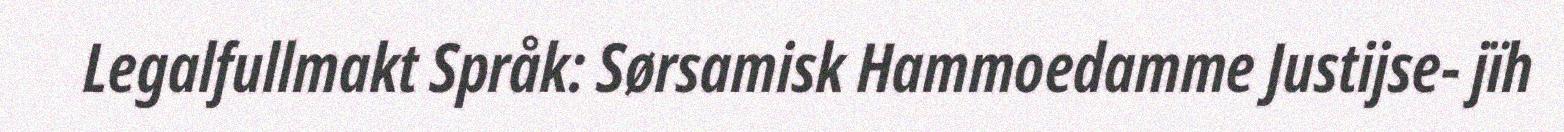
Legalfullmakt Språk: Sørsamisk Hammoedamme Justijse- jïh